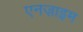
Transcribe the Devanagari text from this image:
एनज़ाइम